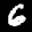
Label: 6